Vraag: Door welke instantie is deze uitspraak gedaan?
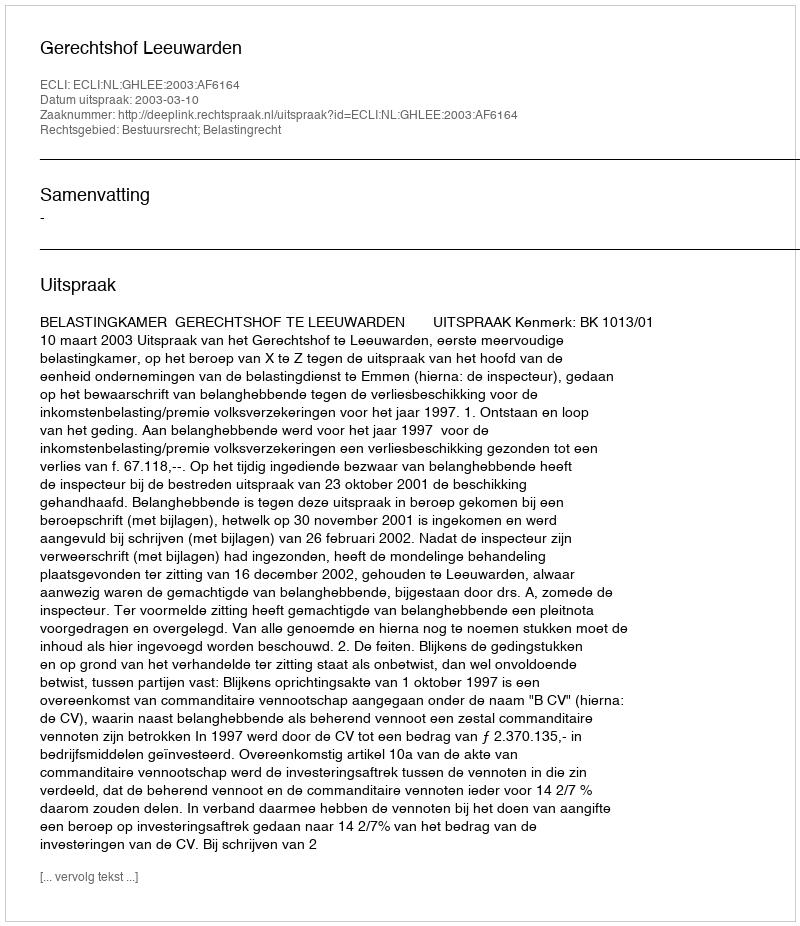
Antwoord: Gerechtshof Leeuwarden